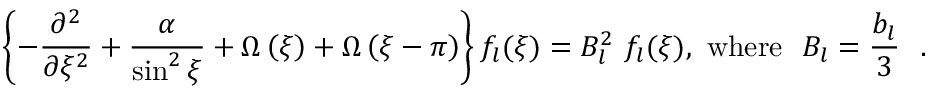
\left\{ - \frac { \partial ^ { 2 } } { \partial \xi ^ { 2 } } + \frac { \alpha } { \sin ^ { 2 } \xi } + \Omega \left( \xi \right) + \Omega \left( \xi - \pi \right) \right\} f _ { l } ( \xi ) = B _ { l } ^ { 2 } ~ f _ { l } ( \xi ) , ~ \mathrm { w h e r e } ~ ~ B _ { l } = \frac { b _ { l } } { 3 } ~ ~ .